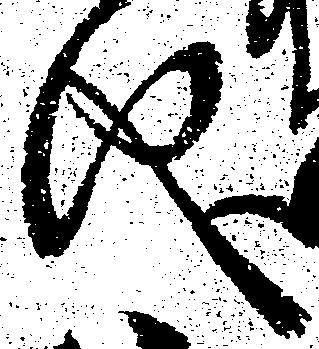
儀